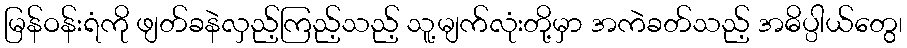
မြန်ဝန်းရံကို ဖျတ်ခနဲလှည့်ကြည့်သည့် သူ့မျက်လုံးတို့မှာ အကဲခတ်သည့် အဓိပ္ပါယ်တွေ၊